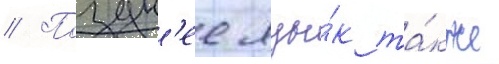
// Поздн'ее язы́к та́кже